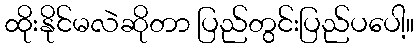
ထိုးနိုင်မလဲဆိုတာ ပြည်တွင်းပြည်ပပေါ့။